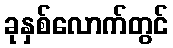
ခုနှစ်လောက်တွင်